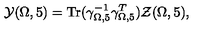
{ \cal Y } ( \Omega , 5 ) = \mathrm { T r } ( \gamma _ { \Omega , 5 } ^ { - 1 } \gamma _ { \Omega , 5 } ^ { T } ) { \cal Z } ( \Omega , 5 ) ,